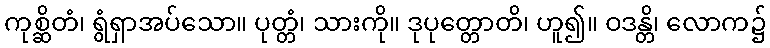
ကုစ္ဆိတံ၊ ရွံရှာအပ်သော။ ပုတ္တံ၊ သားကို။ ဒုပုတ္တောတိ၊ ဟူ၍။ ဝဒန္တိ၊ လောက၌